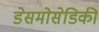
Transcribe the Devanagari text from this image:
डेसमोसेडिकी